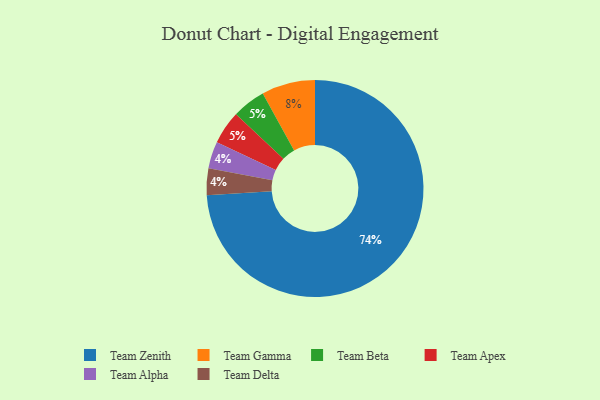
{"axis": {"x": "Category", "y": "Percentage"}, "legend": ["Team Alpha", "Team Apex", "Team Beta", "Team Delta", "Team Gamma", "Team Zenith"], "data": [{"x": "Team Beta", "y": 5, "type": "Team Beta"}, {"x": "Team Zenith", "y": 74, "type": "Team Zenith"}, {"x": "Team Alpha", "y": 4, "type": "Team Alpha"}, {"x": "Team Apex", "y": 5, "type": "Team Apex"}, {"x": "Team Delta", "y": 4, "type": "Team Delta"}, {"x": "Team Gamma", "y": 8, "type": "Team Gamma"}]}